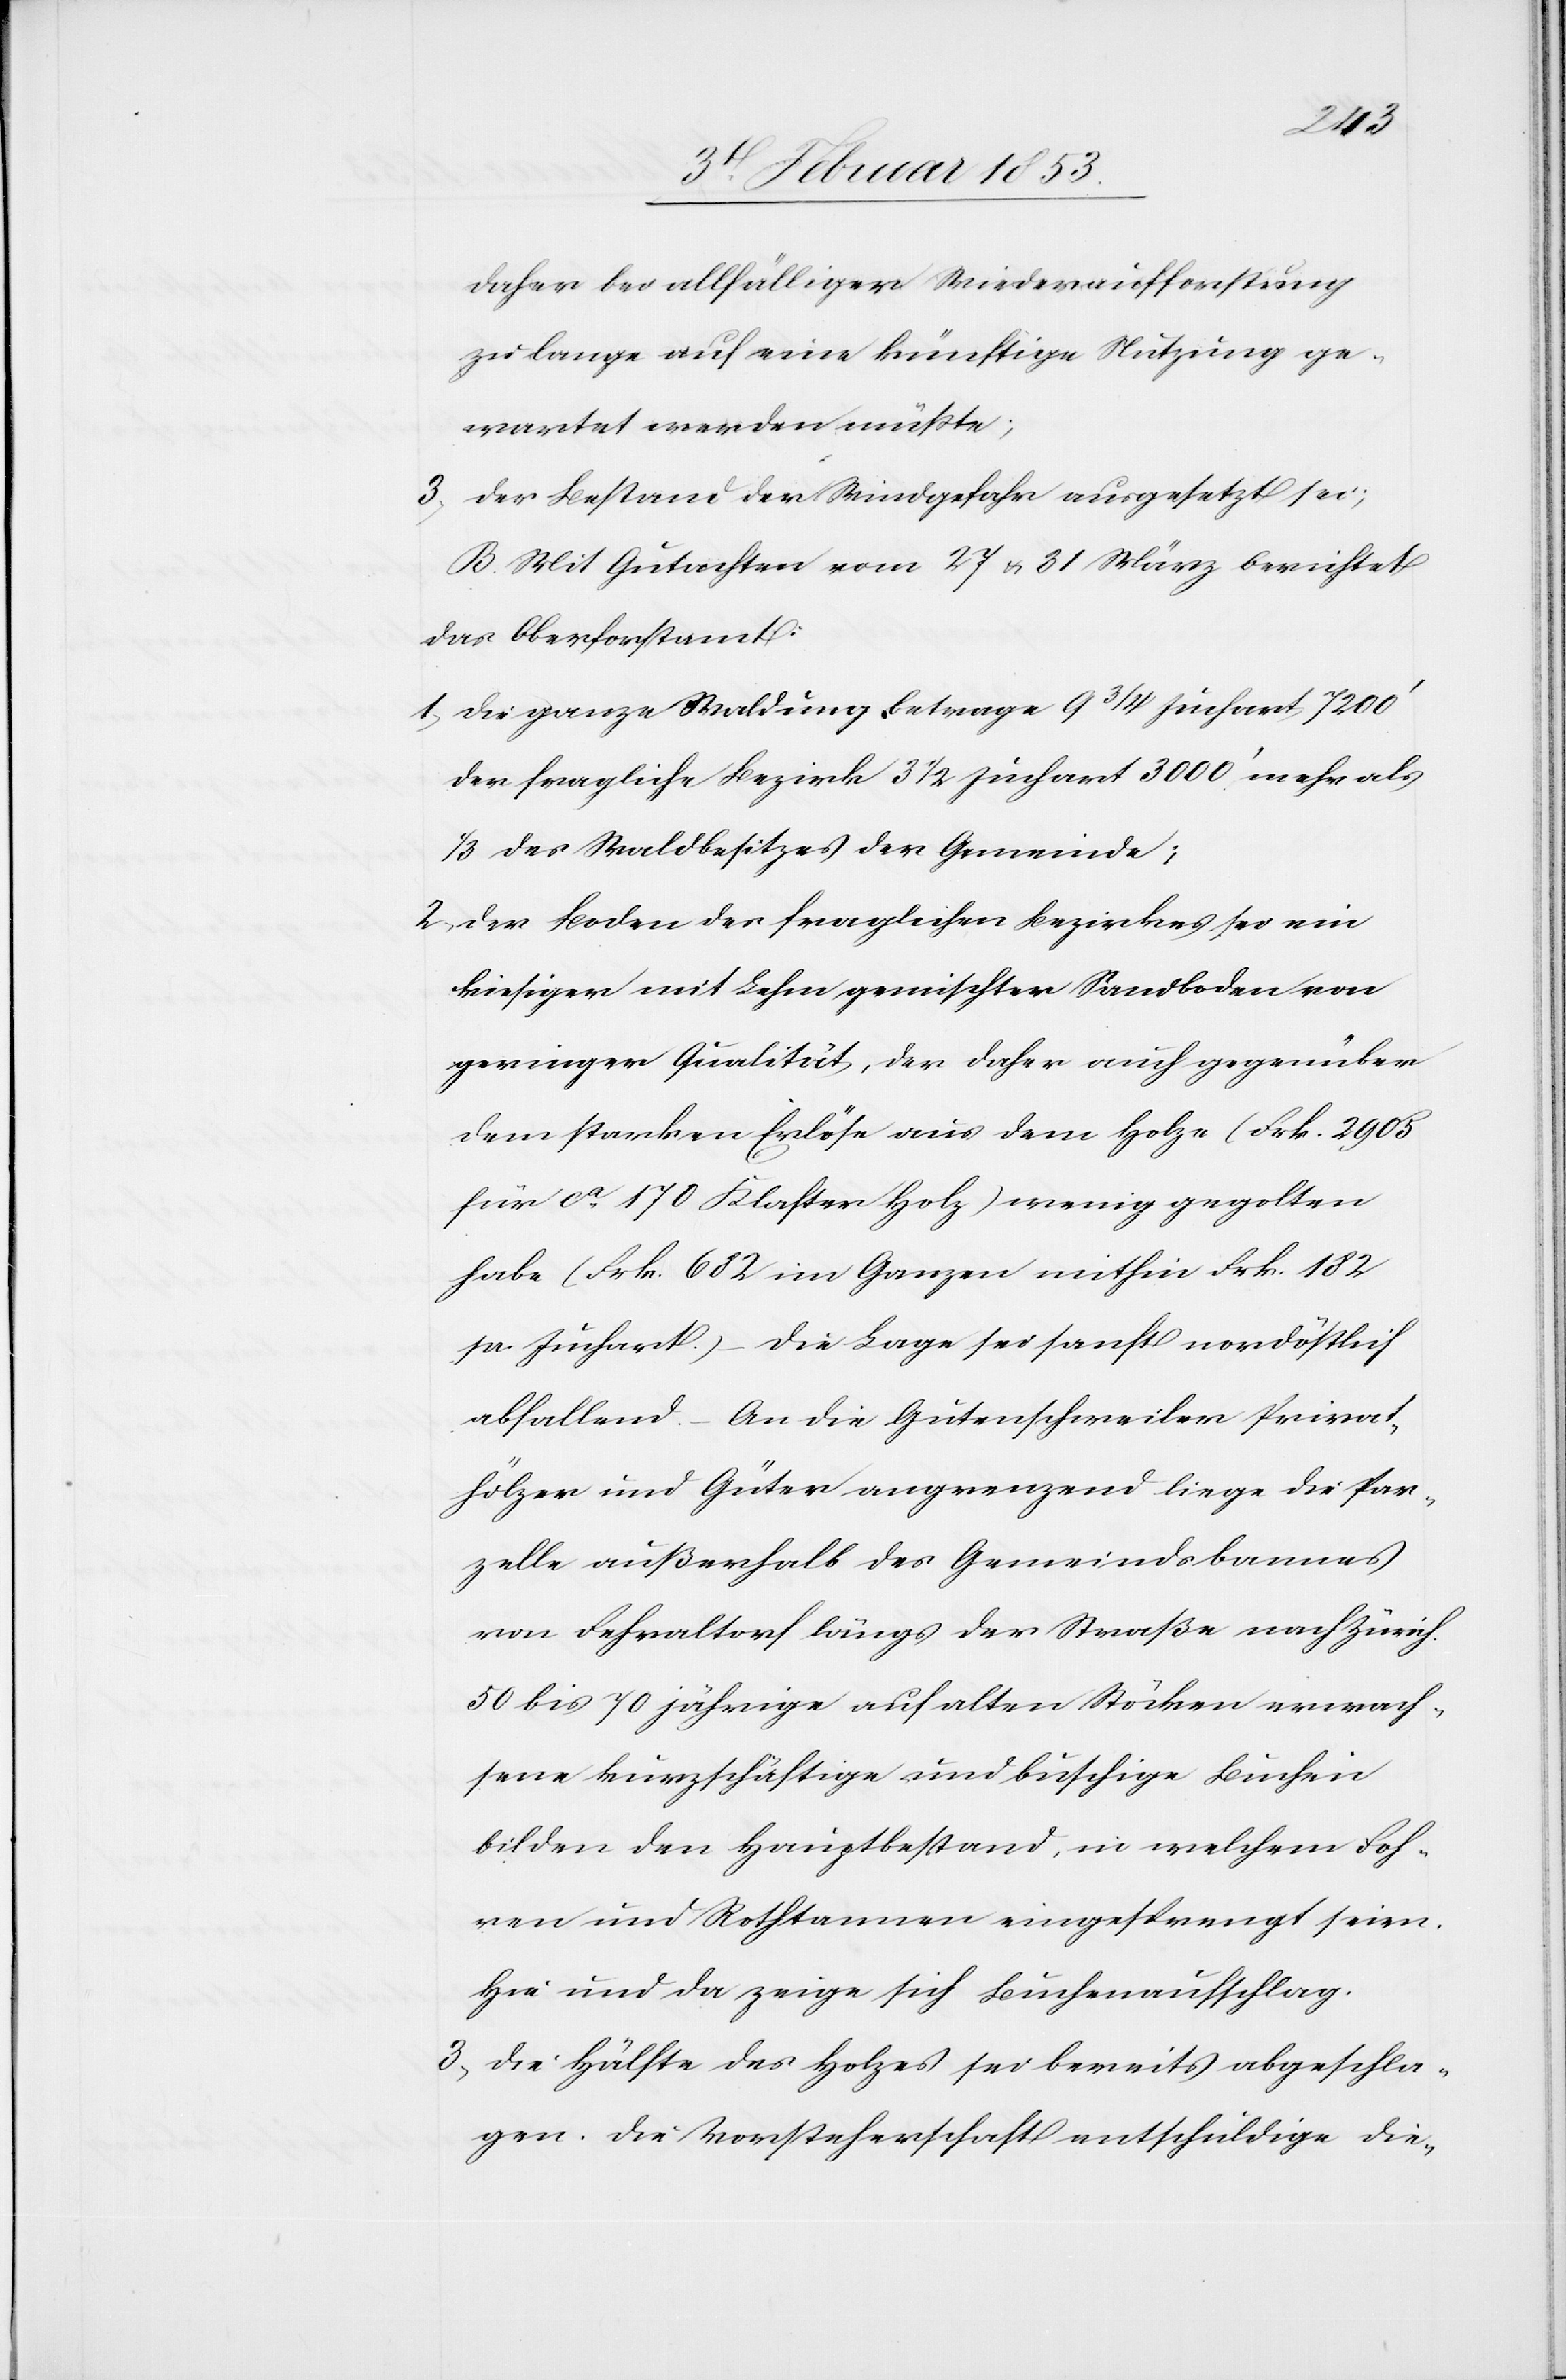
daher bei allfälliger Wiederaufforstung
zu lange auf eine künftige Nutzung ge¬
wartet werden müßte.
3, Der Bestand der Windgefahr ausgesetzt sei;
B. Mit Gutachten vom 27 u. 31 März berichtet
das Oberforstamt:
1, Die ganze Waldung betrage 9 3/4 Juchart 7200’
der fragliche Bezirk 3 1/2 Juchart 3000’ mehr als
1/3 des Waldbesitzes der Gemeinde ;
2, Der Boden des fraglichen Bezirkes sei ein
kiesiger mit Lehm gemischter Sandboden von
geringer Qualität, der daher auch gegenüber
dem starken Erlöse aus dem Holze (Frk. 2905
für ca. 170 Klasten Holz) wenig gegolten
habe (Frk. 682 im Ganzen mithin Frk. 182
pr. Juchart) – die Lage sei sanft nordöstlich
abfallend. – An die Gutenschweiler Privat¬
hölzer und Güter angrenzend liege die Par¬
zelle außerhalb des Gemeindsbannes
von Fehraltorf längs der Straße nach Zürich.
50 bis 70 jährige auf alten Stöcken verwach¬
sene kurzschäftige und buschige Buchen
bilden den Hauptbestand, in welchem Foh¬
ren und Rothtannen eingesprengt seien.
Hie und da zeige sich Buchenaufschlag.
3, Die Hälfte des Holzes sei bereits abgeschla¬
gen. Die Vorsteherschaft entschuldige die-